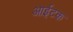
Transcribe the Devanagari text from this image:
आईटक